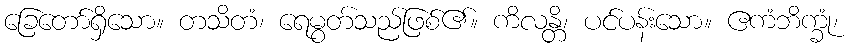
ခြေတော်ရှိသော။ တသိတံ၊ ရေမွတ်သည်ဖြစ်၏။ ကိလန္တိ၊ ပင်ပန်းသော။ ဧကံဘိက္ခုံ၊